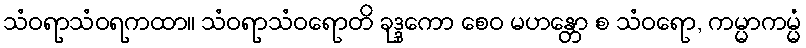
သံဝရာသံဝရကထာ။ သံဝရာသံဝရောတိ ခုဒ္ဒကော စေဝ မဟန္တော စ သံဝရော, ကမ္မာကမ္မံ